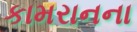
કામરાનના